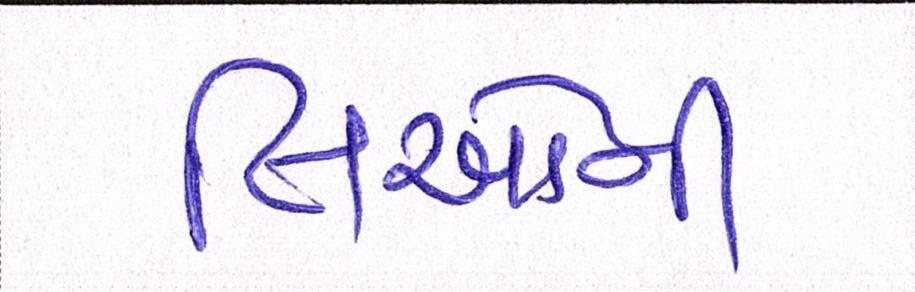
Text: લિઓની